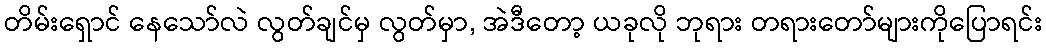
တိမ်းရှောင် နေသော်လဲ လွတ်ချင်မှ လွတ်မှာ, အဲဒီတော့ ယခုလို ဘုရား တရားတော်များကိုပြောရင်း